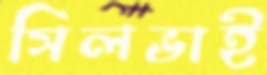
সিলভাই